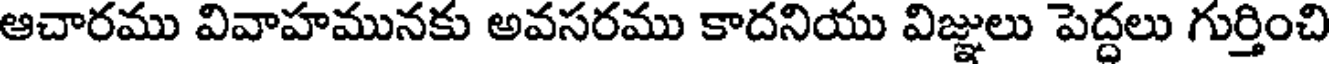
ఆచారము వివాహమునకు అవసరము కాదనియు విజ్ఞులు పెద్దలు గుర్తించి